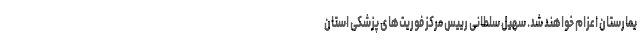
یمارستان اعزام خواهند شد. سهیل سلطانی رییس مرکز فوریت‌های پزشکی استان